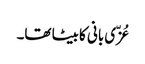
عُزّی بانی کا بیٹا تھا۔